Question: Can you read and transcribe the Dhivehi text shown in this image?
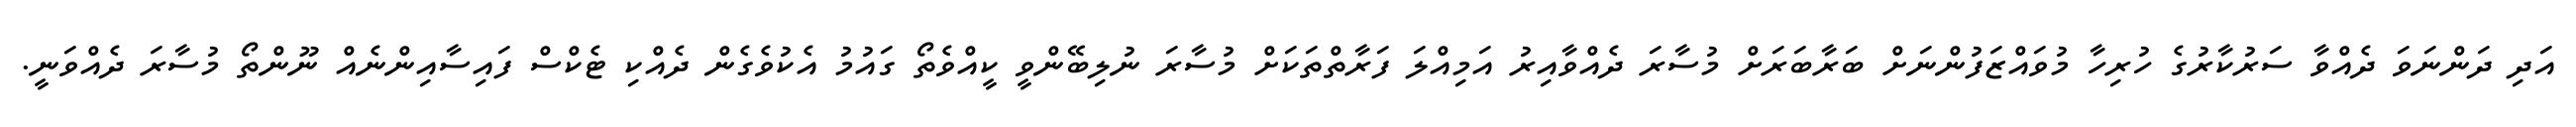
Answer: އަދި ދަންނަވަ ދެއްވާ ސަރުކާރުގެ ހުރިހާ މުވައްޒަފުންނަށް ބަރާބަރަށް މުސާރަ ދެއްވާއިރު އަމިއްލަ ފަރާތްތަކަށް މުސާރަ ނުލިބޭންވީ ކީއްވެތޯ ގައުމު އެކުވެގެން ދެއްކި ޓެކްސް ފައިސާއިންނެއް ނޫންތޯ މުސާރަ ދެއްވަނީ.